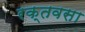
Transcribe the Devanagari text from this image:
रक्तवसा